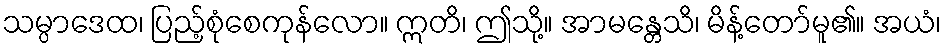
သမ္ပာဒေထ၊ ပြည့်စုံစေကုန်လော။ ဣတိ၊ ဤသို့။ အာမန္တေသိ၊ မိန့်တော်မူ၏။ အယံ၊